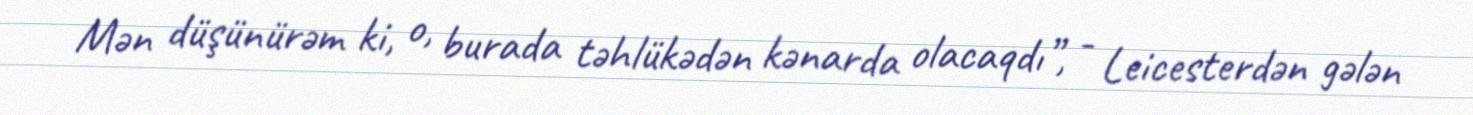
Mən düşünürəm ki, o, burada təhlükədən kənarda olacaqdı”, - Leicesterdən gələn